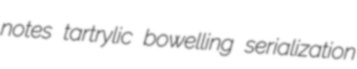
notes tartrylic bowelling serialization